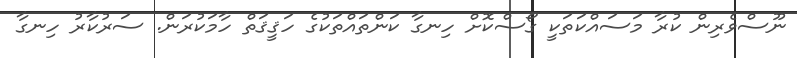
ނޫސްވެރިން ކުރާ މަސައްކަތަކީ ގޯސްކޮށް ހިނގާ ކަންތައްތަކުގެ ހަޤީޤަތް ހާމަކުރަން. ސަރުކާރު ހިނގާ